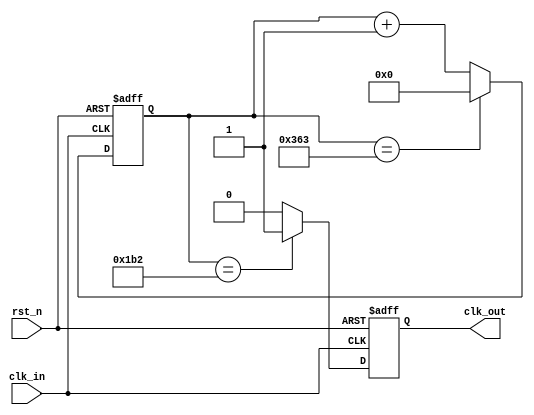
// -----------------------------Details----------------------------------- // 
// Version     : 1.1
// Description : clock divide module
// -----------------------------History----------------------------------- //
// Date      BY          Version  Change Description
//
// 20201203  pastglory   1.0      Initial Release. 
// 20210122  pastglory   1.1      fix bugs 
// ----------------------------------------------------------------------- // 

module clkuart_gen # (
    parameter   DIV    = 868 
)(
    input       clk_in,
    input       rst_n,
    output reg  clk_out
);

// DIV is big -> change width of cnt is important
reg  [20 : 0] cnt=1'b0;
wire [20 : 0] cnt_nxt = (cnt == DIV-1) ? 21'b0 : cnt + 1'b1;

always @ (posedge clk_in or negedge rst_n) begin
    if (~rst_n) cnt <= 21'b0;
    else cnt <= cnt_nxt;
end

always @ (posedge clk_in or negedge rst_n) begin
    if (~rst_n) clk_out <= 1'b0;
    else if (cnt == (DIV >> 1)) clk_out <= 1'b1;
    else clk_out <= 1'b0;
end

endmodule